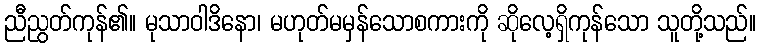
ညီညွတ်ကုန်၏။ မုသာဝါဒိနော၊ မဟုတ်မမှန်သောစကားကို ဆိုလေ့ရှိကုန်သော သူတို့သည်။